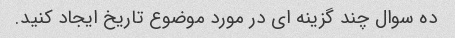
ده سوال چند گزینه ای در مورد موضوع تاریخ ایجاد کنید.